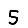
Digit: 5